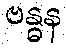
ဗန္ဓန